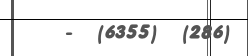
-  (6355)  (286)